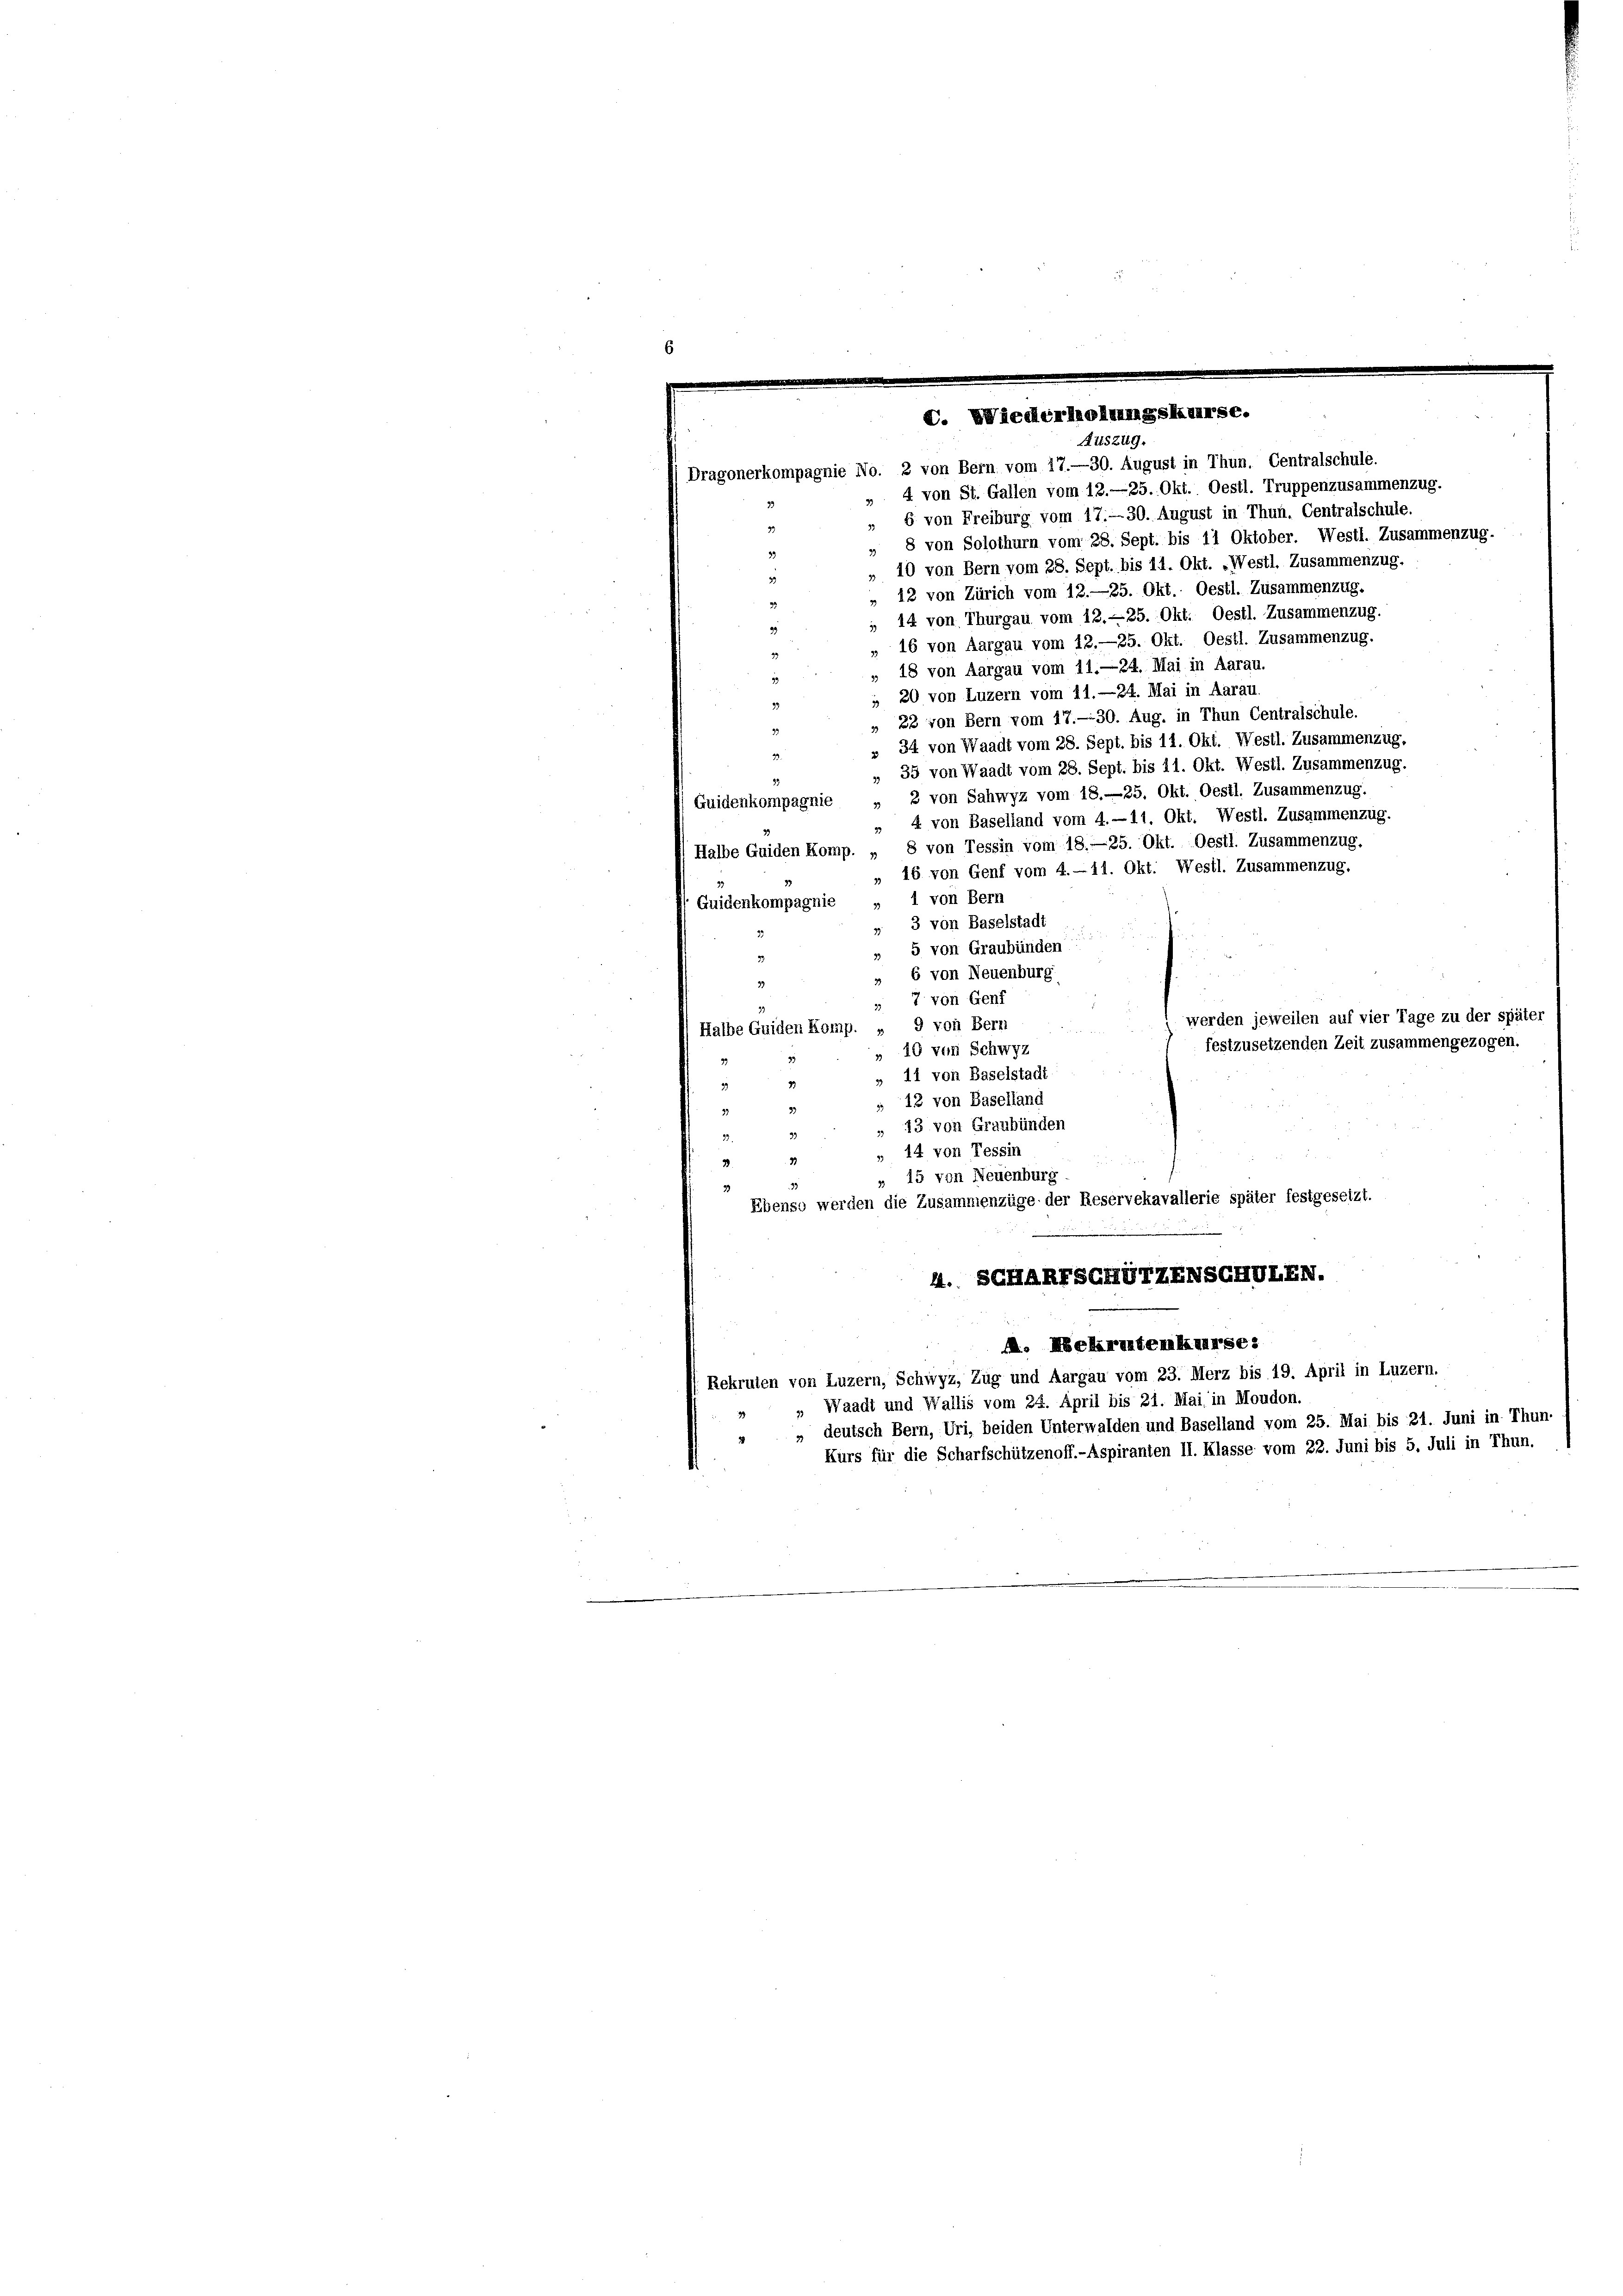
33

V. Wiederholzungskurs
Auszug.

Dragonerkompagnie No. 2 von Bern vom 17.—30. August in Thun. Centralschule.
4 von St. Gallen vom 12.—25. Okt. Oestl. Truppenzusammenzug.
b von Freiburg vom 17. 30. August in Thun. Centralschule.
33
„ 8 von Solothurn vom 28. Sept. bis 11 Oktober. Westl. Zusammenzu
„ 10 von Bern vom 28. Sept. bis 11. Okt. „Westl. Zusammenzug,
» 12 von Zürich vom 12.—25. Okt. Oestl. Zusammenzug.
 14 von Thurgau vom 12. —25. Okt. Oestl. Zusammenzug.
„ 16 von Aargau vom 12.—25. Okt. Oestl. Zusammenzug.
" 18 von Aargau vom 11.—24. Mai in Aarau.
 20 von Luzern vom 11.—24. Mai in Aarau.
22 von Bern vom 17.- 30. Aug. in Thun Centralschule.
» 34 von Waadt vom 28. Sept. bis 11. Okt. Westl. Zusammenzug,
35 von Waadt vom 28. Sept. bis 11. Okt. Westl. Zusammenzug.
2 von Sahwyz vom 18.—25. Okt. Oestl. Zusammenzug.
Guidenkompagnie
33
„ 4 von Baselland vom 4. — 11. Okt. Westl. Zusammenzug.
(Halbe Guiden Komp. „ 8 von Tessin vom 18.—25. Okt. Oestl. Zusammenzug.
„ 16 von Genf vom 4. — 11. Okt. Westl. Zusammenzug,
1 von Bern
Guidenkompagnie
33
3 von Baselstadt
39
» 5 von Graubünden
6 von Neuenburg
3
 7 von Genf
werden jeweilen auf vier Tage zu der später
Halbe Guiden Komp. „ 9 von Bern
festzusetzenden Zeit zusammengezogen.
 10 von Schwyz
11 von Baselstadt
 13 von Baselland
43 von Graubünden
33
14 von Tessin
" 15 von Neuenburg
Ebenso werden die Zusammenzüge der Reservekavallerie später festgesetzt.
A. SCHARTSCHUTZENSCHULEN.
. Nekrutenkurse:
Rekruten von Luzern, Schwyz, Zug und Aargau vom 23. Merz bis 19. April in Luzern.
„ Waadt und Wallis vom 24. April bis 21. Mai in Moudon.
deutsch Bern, Uri, beiden Unterwalden und Baselland vom 25. Mai bis 21. Juni in Thun-
3
Kurs für die Scharfschützenoff.-Aspiranten II. Klasse vom 22. Juni bis 5. Juli in Thun.